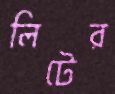
লিটের